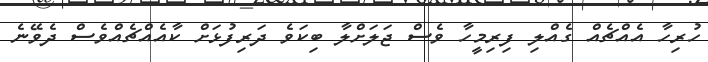
ހުރިހާ އެއްޗެއް ގެއްލި ފިރިމީހާ ވެސް ޖަލަށްލާ ބިކަވެ ދަރިފުޅަށް ކާއެއްޗެއްވެސް ދެވޭނެ